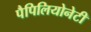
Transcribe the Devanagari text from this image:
पैपिलियोनेटी